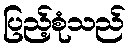
ပြည့်စုံသည်